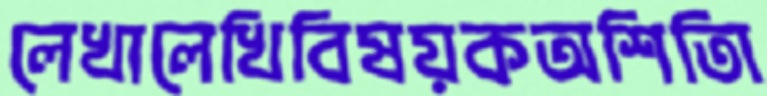
লেখালেখিবিষয়কঅশিতিা